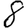
Digit: 8